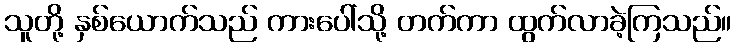
သူတို့ နှစ်ယောက်သည် ကားပေါ်သို့ တက်ကာ ထွက်လာခဲ့ကြသည်။